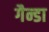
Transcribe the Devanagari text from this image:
गैन्डा